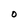
Character: 0